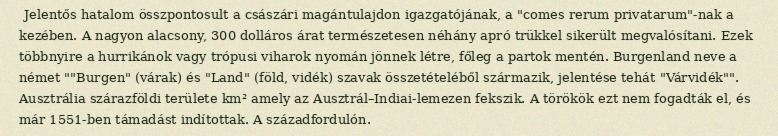
Jelentős hatalom összpontosult a császári magántulajdon igazgatójának, a "comes rerum privatarum"-nak a kezében. A nagyon alacsony, 300 dolláros árat természetesen néhány apró trükkel sikerült megvalósítani. Ezek többnyire a hurrikánok vagy trópusi viharok nyomán jönnek létre, főleg a partok mentén. Burgenland neve a német ""Burgen" (várak) és "Land" (föld, vidék) szavak összetételéből származik, jelentése tehát "Várvidék"". Ausztrália szárazföldi területe km² amely az Ausztrál–Indiai-lemezen fekszik. A törökök ezt nem fogadták el, és már 1551-ben támadást indítottak. A századfordulón.